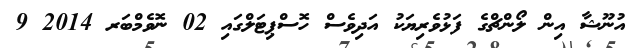
އުނޫޝާ އިން ލޯންޗްގެ ފަޅުވެރިޔަކު އަދިވެސް ހޮސްޕިޓަލްގައި 02 ނޮވެމްބަރ 2014 9